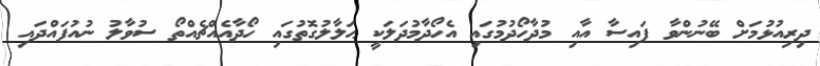
ދިރިއުޅުމަށް ބޭނުންވާ ފައިސާ އާއި މުދާހޯދުމުގައި އެހޯދާމުދަލަކީ ޙަލާލުގޮތުގައި ހޯދާއެއްޗެއްތޯ ސުވާލު ނުއުފައްދައި